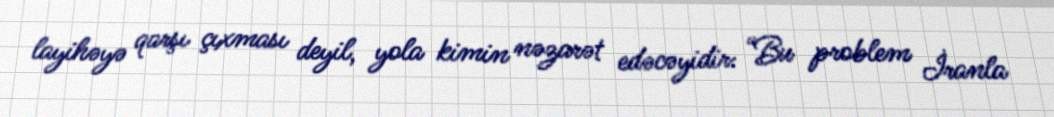
layihəyə qarşı çıxması deyil, yola kimin nəzarət edəcəyidir: “Bu problem İranla